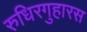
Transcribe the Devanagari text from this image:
रुधिरगुहारस